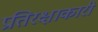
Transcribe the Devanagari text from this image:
प्रतिरक्षाकारी